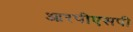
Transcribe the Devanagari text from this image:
आरपीएसपी